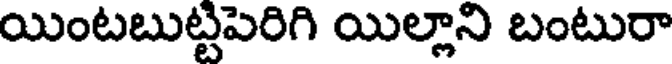
యింటబుట్టిపెరిగి యిల్లాని బంటురా